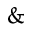
\&